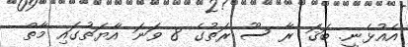
އެއުޅެނީ. ބަޤަ ރާ ސޫ ރަތުގެ 8 ވަނަ އާޔަތުގައި މާތް